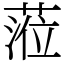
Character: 蒞